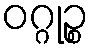
ဝဂ္ဂုဉ္စ